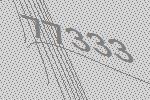
77333